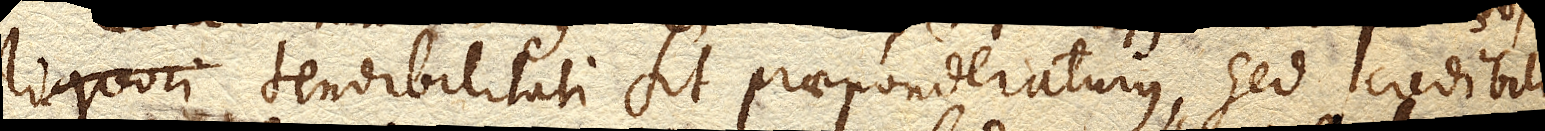
liquori tendibilitati sit praeponderaturus, sed credibilius